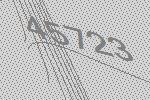
45723